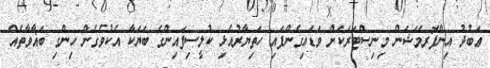
ޢަބުދު އިންފޮރމޭޝަން މިނިސްޓަރަކަށް ވަޑައިގެންފައި ހަތިޔާރުއެޅި ކުލީސިފައިންގެ ބަޔަކާ އެކުވެގެން ހިންގި ބަޣާވާތެއް